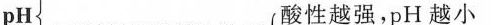
PH 酸性越强，pH越小